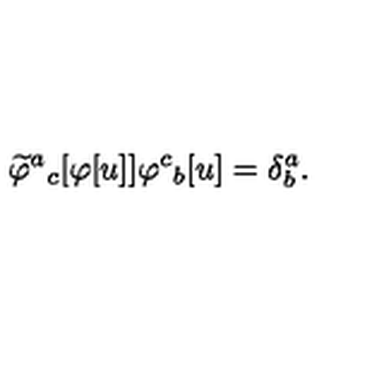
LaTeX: \widetilde \varphi ^ { a } { } _ { c } [ \varphi [ u ] ] \varphi ^ { c } { } _ { b } [ u ] = \delta _ { b } ^ { a } .